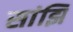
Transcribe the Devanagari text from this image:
सांझि